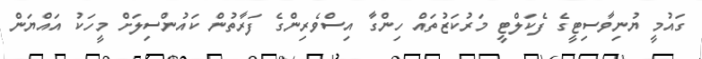
ގައުމީ ޔުނިވާސިޓީގެ ފެކަލްޓީ މަރުކަޒުތައް ހިންގާ އިސްވެރިންގެ ފަރާތުން ކައުންސިލަށް މީހަކު އައްޔަން